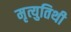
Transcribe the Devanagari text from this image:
मृत्युतिथी